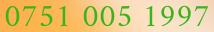
0751 005 1997